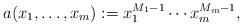
LaTeX: \begin{align*}a(x_{1},\ldots ,x_{m}):=x_{1}^{M_{1}-1}\cdots x_{m}^{M_{m}-1},\end{align*}